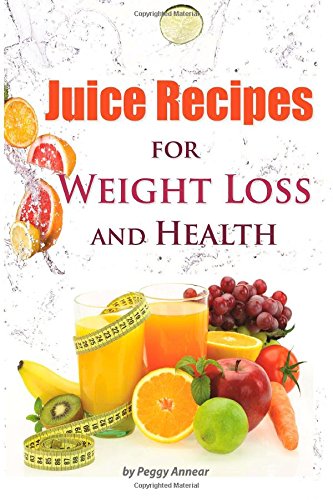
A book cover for Juice Recipes: Juice Recipes for Weight Loss and Health. An Illustrated, Weight Loss Juicing Recipe Book with Tips About Sugar; Peggy Annear; Cookbooks, Food & Wine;